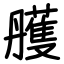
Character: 雘